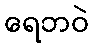
ရေဘဝဲ